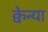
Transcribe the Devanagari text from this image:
क्वेन्या